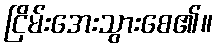
ငြိမ်းအေးသွားစေ၏။